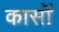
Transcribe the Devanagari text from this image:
कार्सो